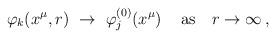
LaTeX: \begin{align*}\varphi_k (x^\mu,r) ~\to~ \varphi^{(0)}_j(x^\mu) \, \quad {\rm as} \quad r \to \infty \,,\end{align*}